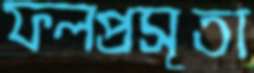
ফলপ্রসূতা